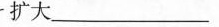
扩大___